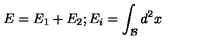
E = E _ { 1 } + E _ { 2 } ; E _ { i } = \int _ { \mathcal { B } } d ^ { 2 } x